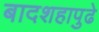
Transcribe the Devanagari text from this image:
बादशहापुढे